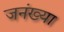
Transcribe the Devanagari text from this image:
जनंख्या